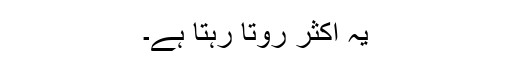
یہ اکثر روتا رہتا ہے۔